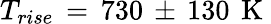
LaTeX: T_{rise}\, =\, 730\, \pm\, 130\, \mathrm{~K~}